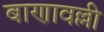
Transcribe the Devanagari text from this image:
बाणावल्ली